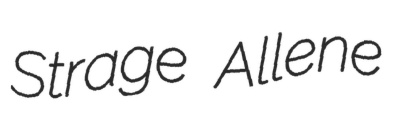
Strage Allene